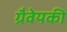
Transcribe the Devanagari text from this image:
ग्रैवेयकी